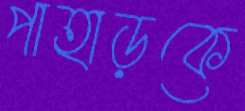
পাহাড়কে